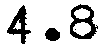
4.8